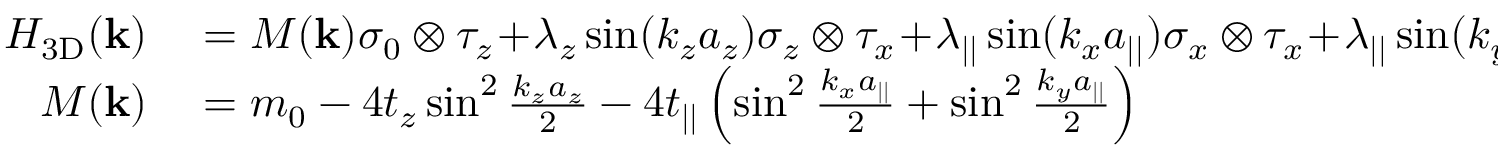
\begin{array} { r l } { { \cal H } _ { \mathrm { 3 D } } ( { \bf k } ) } & { { } = M ( { \bf k } ) \sigma _ { 0 } \otimes \tau _ { z } \! + \! \lambda _ { z } \sin ( k _ { z } a _ { z } ) \sigma _ { z } \otimes \tau _ { x } \! + \! \lambda _ { | | } \sin ( k _ { x } a _ { | | } ) \sigma _ { x } \otimes \tau _ { x } \! + \! \lambda _ { | | } \sin ( k _ { y } a _ { | | } ) \sigma _ { y } \otimes \tau _ { x } , } \\ { M ( { \bf k } ) } & { { } = m _ { 0 } - 4 t _ { z } \sin ^ { 2 } \frac { k _ { z } a _ { z } } { 2 } - 4 t _ { | | } \left( \sin ^ { 2 } \frac { k _ { x } a _ { | | } } { 2 } + \sin ^ { 2 } \frac { k _ { y } a _ { | | } } { 2 } \right) } \end{array}